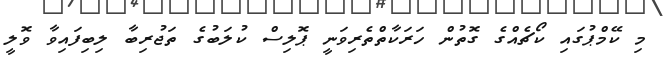
މި ކޭމްޕުގައި ކޯޗެއްގެ ގޮތުން ހަރަކާތްތެރިވަނީ ޕޮލިސް ކުލަބުގެ ތަޖުރިބާ ލިބިފައިވާ ވޮލީ